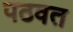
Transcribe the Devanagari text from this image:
पठवत